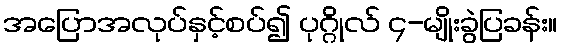
အပြောအလုပ်နှင့်စပ်၍ ပုဂ္ဂိုလ် ၄-မျိုးခွဲပြခန်း။